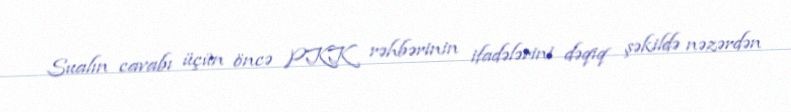
Sualın cavabı üçün öncə PKK rəhbərinin ifadələrini dəqiq şəkildə nəzərdən